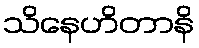
သိနေဟိတာနိ